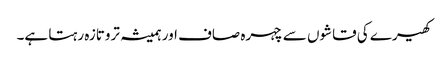
کھیرے کی قاشوں سے چہرہ صاف اور ہمیشہ تروتازہ رہتا ہے۔